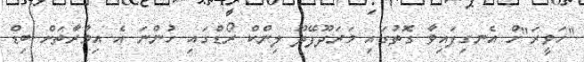
"ހަވީރަ"ށް އެނގިފައިވާ ގޮތުގައި މަރަދޫފޭދޫ ލިންކް ރޯޑްގައި ހުންނަ އެ އިމާރާތަށް ބިޑް